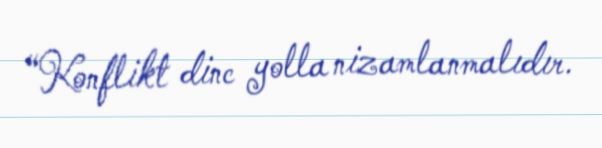
“Konflikt dinc yolla nizamlanmalıdır.